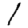
Digit: 1